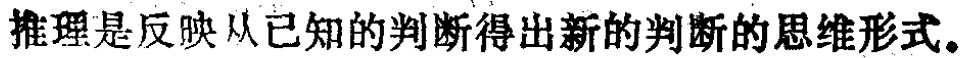
推理是反映从已知的判断得出新的判断的思维形式。